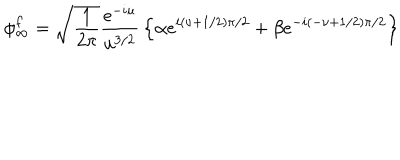
\phi _ { \infty } ^ { f } = \sqrt { \frac { 1 } { 2 \pi } } { \frac { e ^ { - i u } } { u ^ { 3 / 2 } } } \left\{ \alpha e ^ { i ( \nu + 1 / 2 ) \pi / 2 } + \beta e ^ { - i ( - \nu + 1 / 2 ) \pi / 2 } \right\}